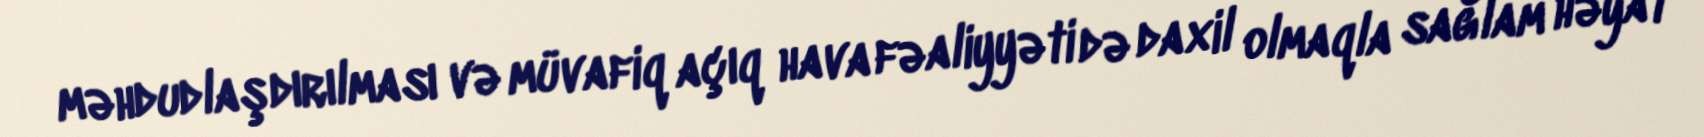
məhdudlaşdırılması və müvafiq açıq hava fəaliyyəti də daxil olmaqla sağlam həyat